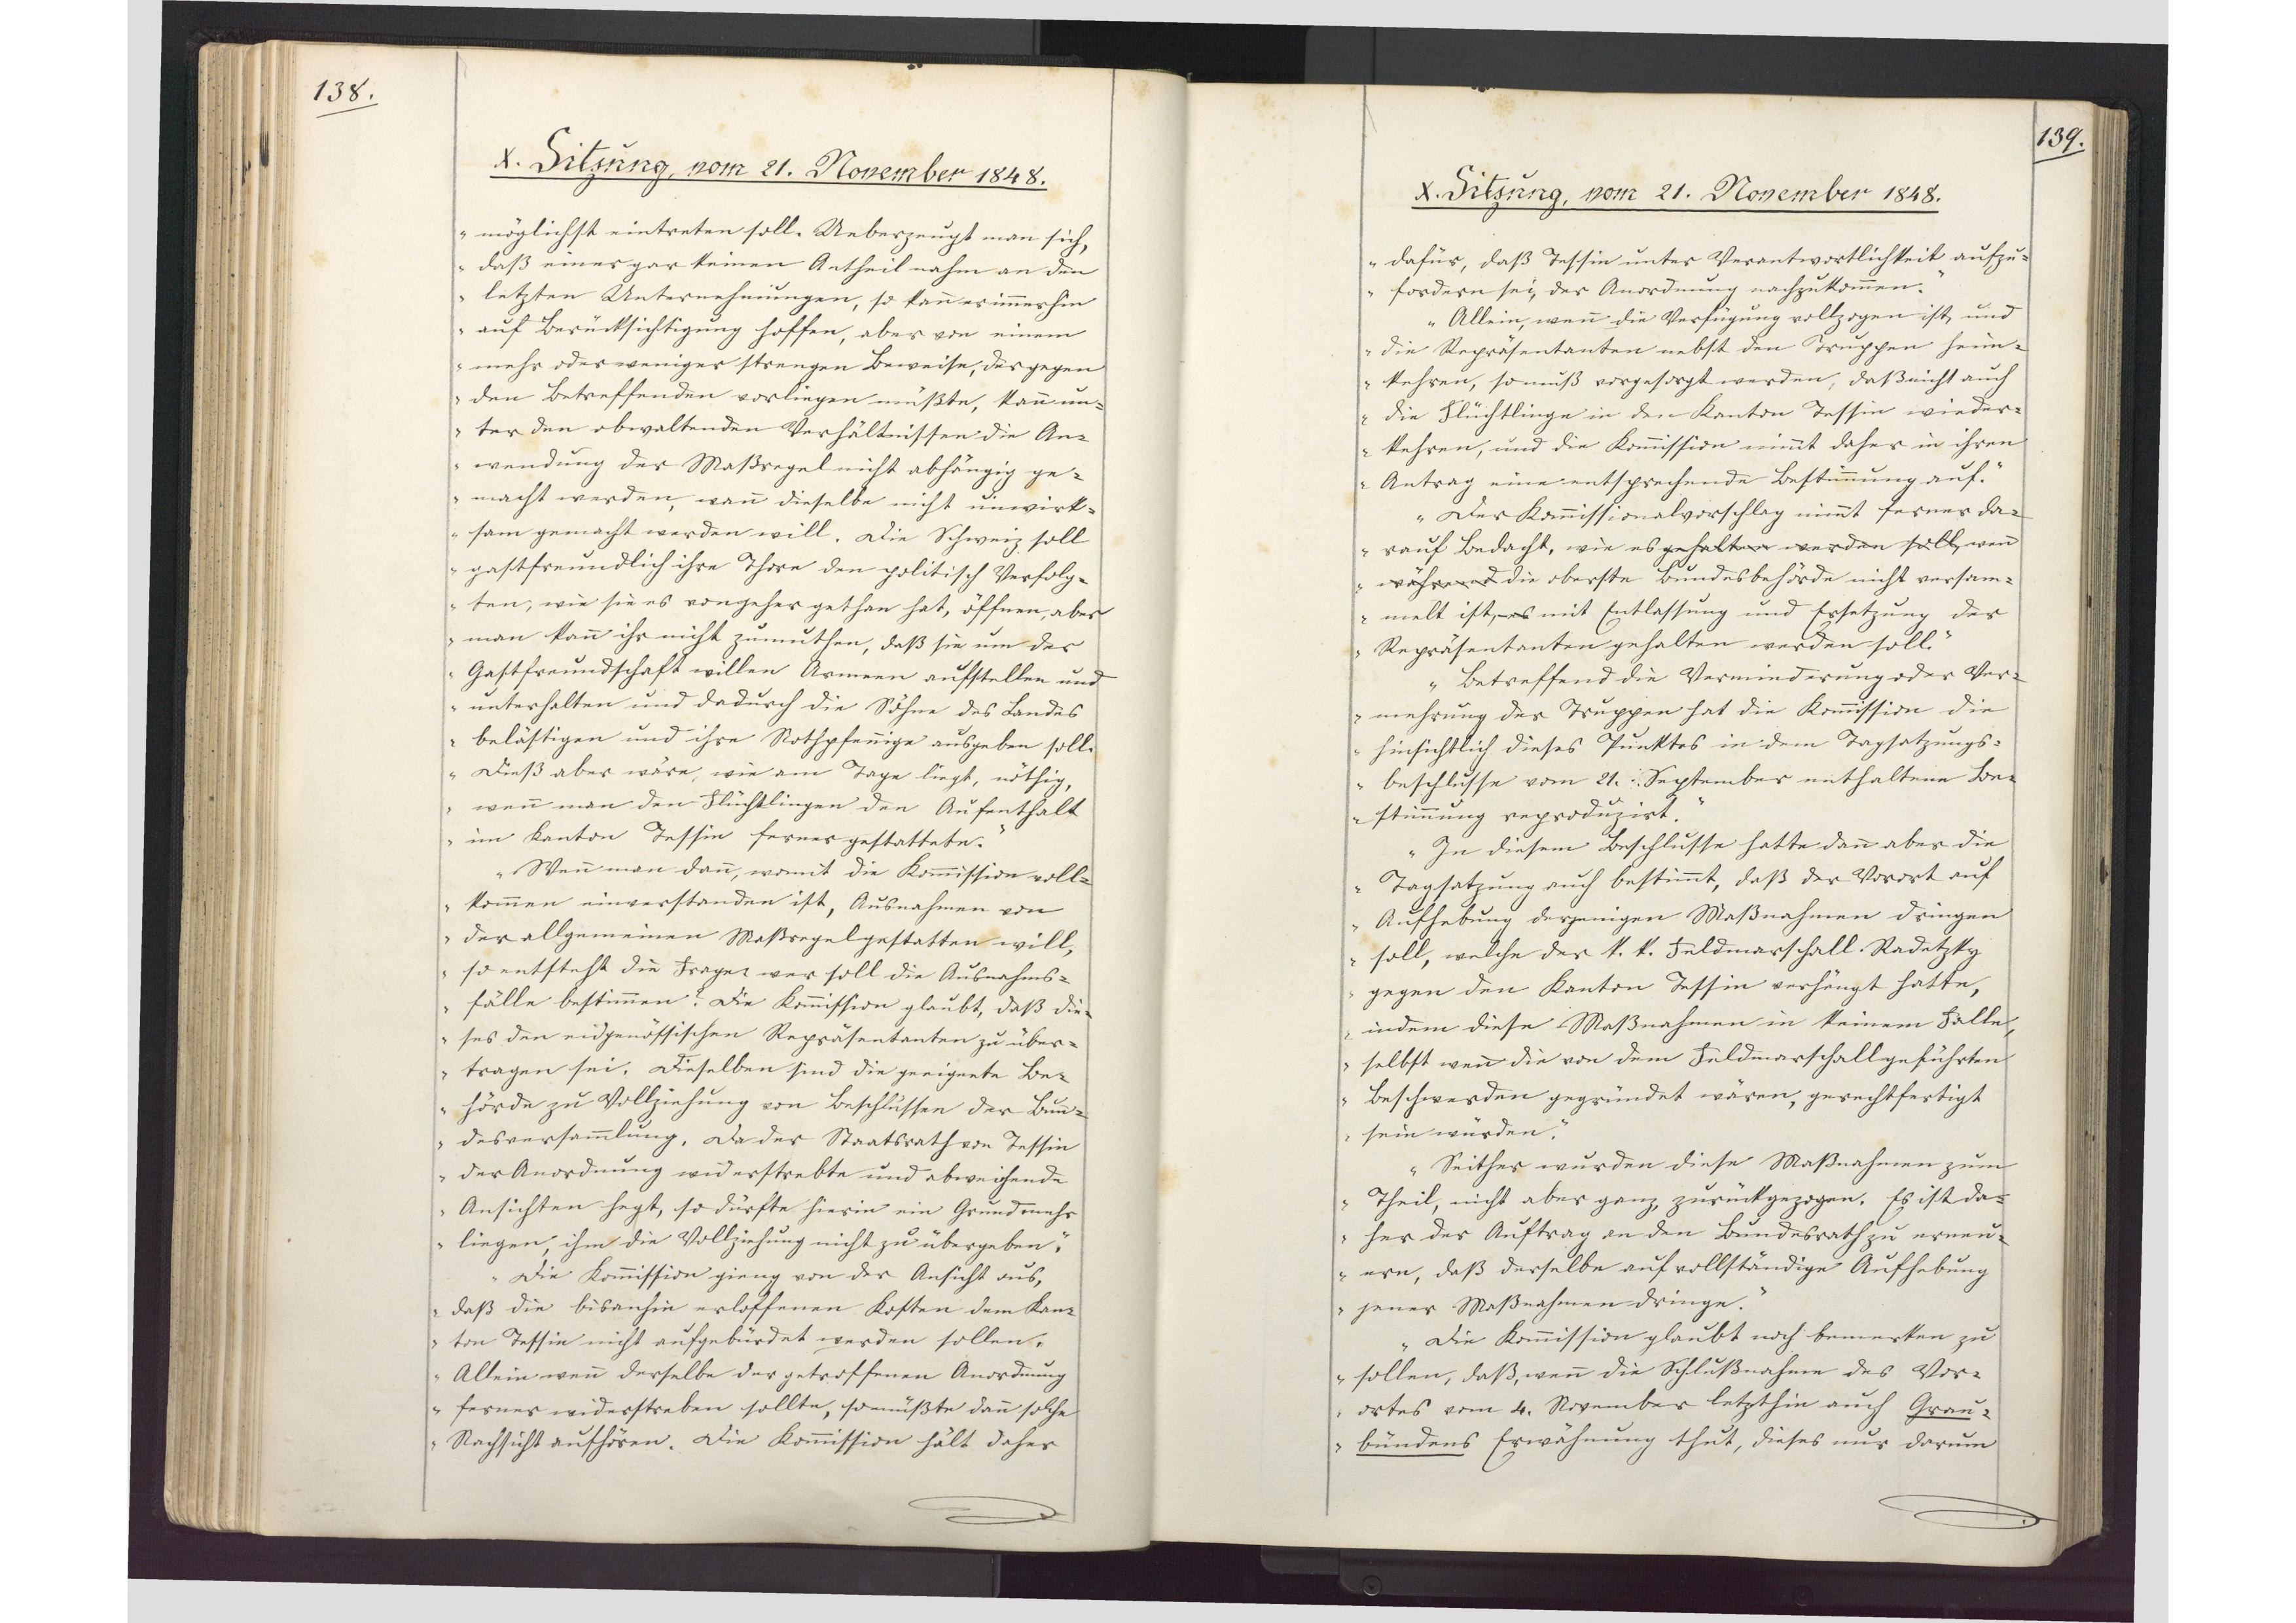
138.

X. Sitzung, vom 21. November 1848.

möglichst eintreten soll. Ueberzeugt man sich,
daß einer gar keinen Antheil nahm an den
letzten Unternehmungen, so kann er immerhin
auf Berücksichtigung hoffen, aber von einem
mehr oder weniger strengen Beweise, der gegen
den Betreffenden vorliegen müßte, kann un¬
ter den obwaltenden Verhältnissen die An¬
wendung der Maßregel nicht abhängig ge¬
macht werden, wann dieselbe nicht unwirk¬
sam gemacht werden will. Die Schweiz soll
gastfreundlich ihre Thore den politisch Verfolg¬
ten, wie sie es von jeher gethan hat, öffnen, aber
man kann ihr nicht zumuthen, daß sie um der
Gastfreundschaft willen Armeen aufstellen und
unterhalten und dadurch die Söhne des Landes
belästigen und ihre Nothpfennige ausgeben soll.
Dieß aber wäre, wie am Tage liegt, nöthig,
wenn man den Flüchtlingen den Aufenthalt
im Kanton Tessin ferner gestattete.
Wenn man dann, womit die Kommission voll¬
kommen einverstanden ist, Ausnahmen von
der allgemeinen Maßregel gestatten will,
so entsteht die Frage, wer soll die Ausnahms¬
fälle bestimmen. Die Kommission glaubt, daß die¬
ses den eidgenössischen Repräsentanten zu über¬
tragen sei. Dieselben sind die geeignete Be¬
hörde zu Vollziehung von Beschlüssen der Bun¬
desversammlung. Da der Staatsrath von Tessin
der Anordnung widerstrebte und abweichende
Ansichten hegt, so dürfte hierin ein Grund mehr
liegen, ihm die Vollziehung nicht zu übergeben.
Die Kommission gieng von der Ansicht aus,
daß die bisanhin erloffenen Kosten dem Kan¬
ton Tessin nicht aufgebürdet werden sollen.
Allein wenn derselbe der getroffenen Anordnung
ferner widerstreben sollte, so müsste dann solche
Nachsicht aufhören. Die Kommission hält daher

139.

X. Sitzung, vom 21. November 1848.

dafür, daß Tessin unter Verantwortlichkeit aufzu¬
fordern sei, der Anordnung nachzukommen.
Allein, wenn die Verfügung vollzogen ist, und
die Repräsentanten nebst den Truppen heim¬
kehren, so muß vorgesorgt werden, daß nicht auch
die Flüchtlinge in den Kanton Tessin wieder¬
kehren, und die Kommission nimmt daher in ihren
Antrag eine entsprechende Bestimmung auf.
Der Komissionalvorschlag nimmt ferner da¬
rauf Bedacht, wie es gehalten werden soll, wenn
während die oberste Bundesbehörde nicht versam¬
melt ist, es mit Entlassung und Ersetzung der
Repräsentanten gehalten werden soll.
Betreffend die Verminderung oder Ver¬
mehrung der Truppen hat die Kommission die
hinsichtlich dieses Punktes in dem Tagsatzungs¬
beschlusse vom 21. September enthaltene Be¬
stimmung reproduzirt.
In diesem Beschlusse hatte dann aber die
Tagsatzung auch bestimmt, daß der Vorort auf
Aufhebung derjenigen Maßnahmen dringen
soll, welche der k. k. Feldmarschall Radetzky
gegen den Kanton Tessin verhängt hatte,
indem diese Maßnahmen in keinem Falle,
selbst wenn die von dem Feldmarschall geführten
Beschwerden gegründet wären, gerechtfertigt
sein würden.
Seither wurden diese Maßnahmen zum
Theil, nicht aber ganz, zurückgezogen. Es ist da¬
her der Auftrag an den Bundesrath zu erneu¬
ern, daß derselbe auf vollständige Aufhebung
jener Maßnahmen dringe.
Die Kommission glaubt noch bemerken zu
sollen, daß, wenn die Schlußnahme des Vor¬
ortes vom 4. November letzthin auch Grau¬
bündens Erwähnung thut, dieses nur darum